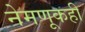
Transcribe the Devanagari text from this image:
नेमणूकही